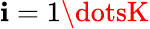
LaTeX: \mathbf{i}=1\dotsK